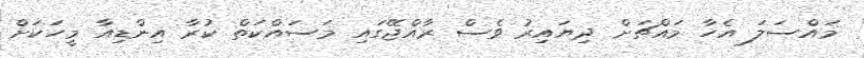
މައްސަލަ އެހާ މައްޗަށް ދިޔައިރު ވެސް ރާއްޖޭގައި މަސައްކަތް ކުރާ އިންޑިއާ މީހަކަށް